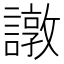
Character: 譈